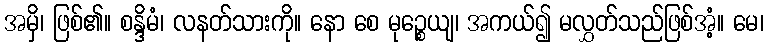
အမှိ၊ ဖြစ်၏။ စန္ဒိမံ၊ လနတ်သားကို။ နော စေ မုဉ္စေယျ၊ အကယ်၍ မလွှတ်သည်ဖြစ်အံ့။ မေ၊